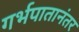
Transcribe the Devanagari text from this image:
गर्भपातानंतर